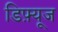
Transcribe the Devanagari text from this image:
डिफ़्यूज